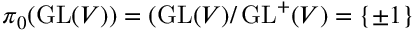
\pi _ { 0 } ( \operatorname { G L } ( V ) ) = ( \operatorname { G L } ( V ) / \operatorname { G L } ^ { + } ( V ) = \{ \pm 1 \}